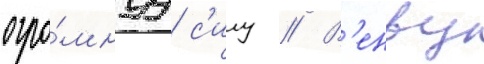
огро́мнуу с'илу // В'енву